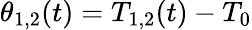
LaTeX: \theta_{1,2}(t)=T_{1,2}(t)-T_{0}